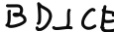
B D \bot C E